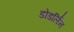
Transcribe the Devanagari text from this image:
डोडर्लिन